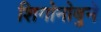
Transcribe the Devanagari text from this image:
शिगोनोबुने